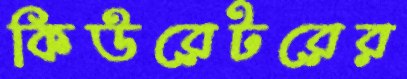
কিউরেটরের